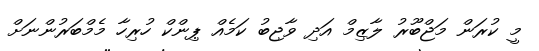
މީ ކުރަން މަޖްބޫރު ލާޒިމް އަދި ވާޖިބު ކަމެއް ޕިންކް ހުރިހާ މެމްބަރުންނަށް